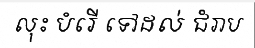
លុះ បំរើ ទៅដល់ ជំរាប